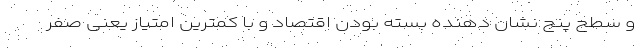
و سطح پنج نشان دهنده بسته بودن اقتصاد و با کمترین امتیاز یعنی صفر